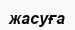
жасуға